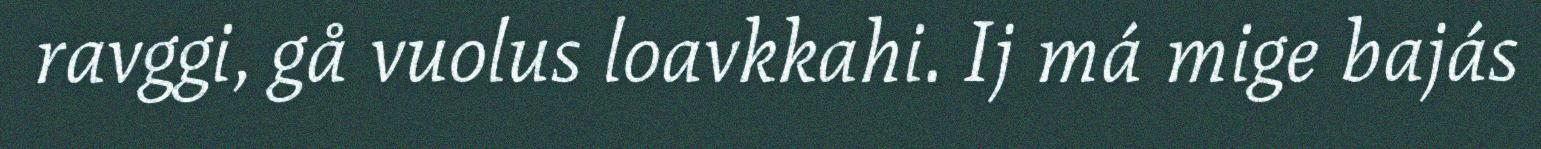
ravggi, gå vuolus loavkkahi. Ij má mige bajás